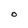
Character: O